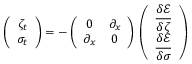
\left( \begin{array} { c } { \medskip \zeta _ { t } } \\ { \sigma _ { t } } \end{array} \right) = - \left( \begin{array} { c c } { \medskip 0 } & { \partial _ { x } } \\ { \partial _ { x } } & { 0 } \end{array} \right) \, \left( \begin{array} { c } { \medskip \displaystyle \frac { \delta \mathcal { E } } { \delta \zeta } } \\ { \displaystyle \frac { \delta \mathcal { E } } { \delta \sigma } } \end{array} \right)